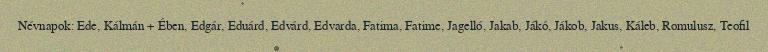
Névnapok: Ede, Kálmán + Ében, Edgár, Eduárd, Edvárd, Edvarda, Fatima, Fatime, Jagelló, Jakab, Jákó, Jákob, Jakus, Káleb, Romulusz, Teofil